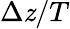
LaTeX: \Delta\mathit{z}/T